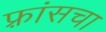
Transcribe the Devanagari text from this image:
फ़्रांसचा